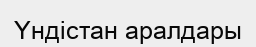
Үндістан аралдары